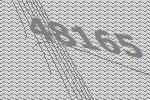
48165